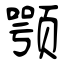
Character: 颚